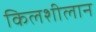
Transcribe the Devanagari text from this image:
किलशीलान